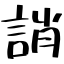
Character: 誚